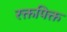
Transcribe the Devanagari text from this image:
रक्तपिक्त